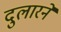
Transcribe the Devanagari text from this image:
दुलारने